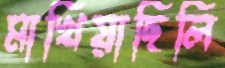
মাখিয়াছিলি